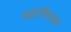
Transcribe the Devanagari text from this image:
महाविभाषा